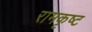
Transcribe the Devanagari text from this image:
रामकृष्ट